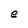
Character: e